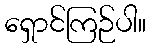
ရှောင်ကြဉ်ပါ။